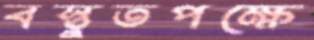
বস্তুতপক্ষে